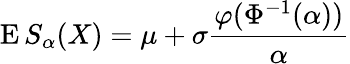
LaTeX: \operatorname{E}S_{\alpha}(X)=\mu+\sigma{\frac{\varphi(\Phi^{-1}(\alpha))}{\alpha}}